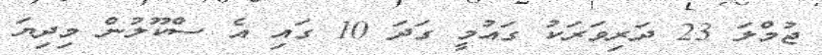
ޖުމްލަ 23 ދަރިވަރަކު ގައުމީ ގަދަ 10 ގައި އެ ސްކޫލުން މިދިޔަ